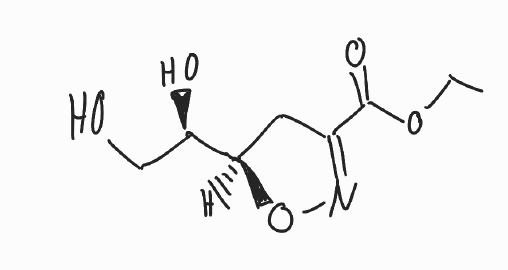
Simplified molecular-input line-entry system (SMILES) notation of the given molecule:
CCOC(=O)C1=NO[C@H](C1)[C@@H](CO)O